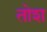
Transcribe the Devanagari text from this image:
तोश